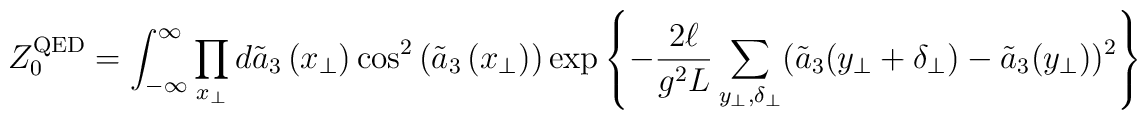
Z_{0}^{\rm QED} = \int_{-\infty}^{\infty} \prod_{x_{\perp}} d\tilde{a}_{3}\left(x_{\perp}\right) \cos^{2}\left(\tilde{a}_{3}\left(x_{\perp}\right)\right)\exp \left\{-\frac{2\ell}{g^{2}L}\sum_{y_{\perp},\delta_{\perp}}(\tilde{a}_{3}( y_{\perp}+\delta_{\perp})- \tilde{a}_{3}( y_{\perp}))^{2}\right\}